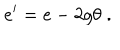
LaTeX: e ^ { \prime } = e - 2 g \theta \; .